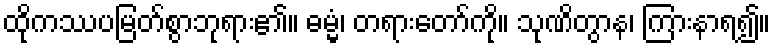
ထိုကဿပမြတ်စွာဘုရား၏။ ဓမ္မံ၊ တရားတော်ကို။ သုဏိတွာန၊ ကြားနာရ၍။